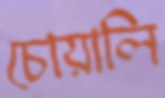
চোয়ালি